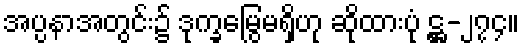
အပ္ပနာအတွင်း၌ ဒုက္ခမြွေမရှိဟု ဆိုထားပုံ ဋ္ဌ-၂၇၄။